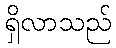
ရှိလာသည်